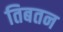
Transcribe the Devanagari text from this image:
तिबतन